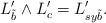
LaTeX: \begin{align*}L'_{\tilde{b}} \wedge L'_{c} = L'_{sy\tilde{b}}.\end{align*}